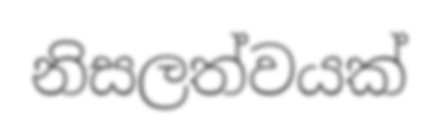
නිසලත්වයක්